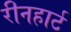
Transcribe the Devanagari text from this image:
रीनहार्ट